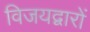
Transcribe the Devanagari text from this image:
विजयद्वारों